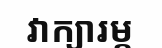
វាក្យារម្ភ